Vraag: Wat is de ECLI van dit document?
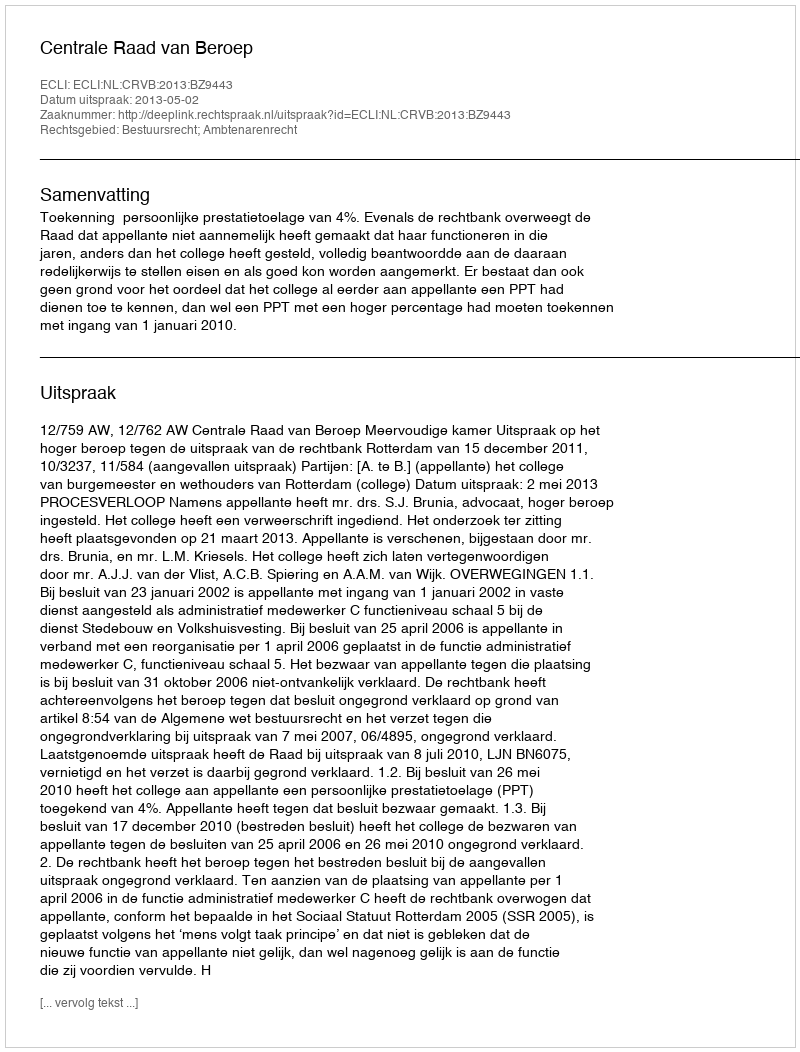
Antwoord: ECLI:NL:CRVB:2013:BZ9443